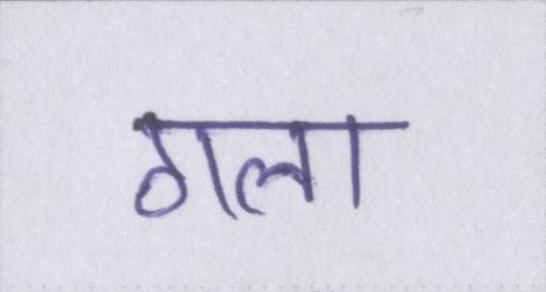
गला